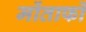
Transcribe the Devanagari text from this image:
मोंताफों